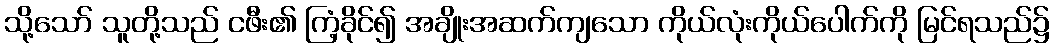
သို့သော် သူတို့သည် ငဖီး၏ ကြံ့ခိုင်၍ အချိုးအဆက်ကျသော ကိုယ်လုံးကိုယ်ပေါက်ကို မြင်ရသည်၌